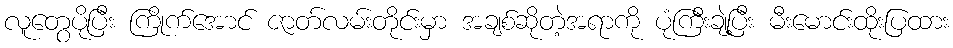
လူတွေပိုပြီး ကြိုက်အောင် ဇာတ်လမ်းတိုင်းမှာ အချစ်ဆိုတဲ့အရာကို ပုံကြီးချဲ့ပြီး မီးမောင်းထိုးပြထား